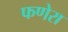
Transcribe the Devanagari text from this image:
फणेरा